Report on the lunatic asylums under the Government of Bombay - 1904-1913
Year: 1904
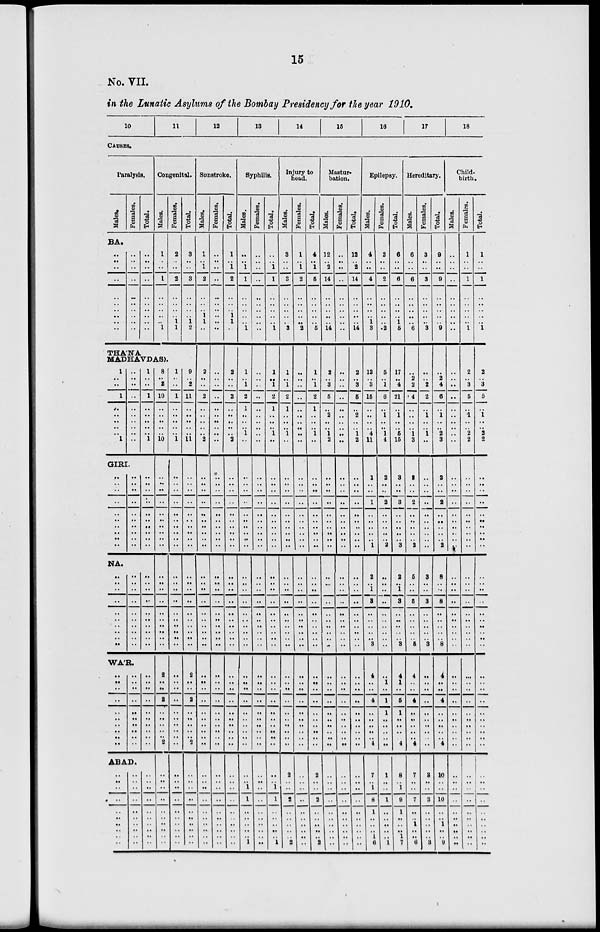
15
No. VII.
in the Lunatic Asylums of the Bombay Presidency for the year 1910.
10
11
12
13
14
15
16
17
18
CAUSES.
Paralysis.
Males.
BA.
..
..
..
..
..
..
..
..
..
..
Females.
..
..
..
..
..
..
..
..
..
..
Total.
..
..
..
..
..
..
..
..
..
..
Congenital.
Males.
1
..
..
1
..
..
..
..
..
1
Females.
2
..
..
2
..
..
..
..
1
1
Total.
3
..
..
3
..
..
..
..
1
2
THA'NA
MADHAVDAS).
1
..
..
1
..
..
..
..
..
1
..
..
..
..
..
..
..
..
..
..
1
..
..
1
..
..
..
..
..
1
GIRI.
..
..
..
..
..
..
..
..
..
..
..
..
..
..
..
..
..
..
..
..
..
..
..
..
..
..
..
..
..
..
NA.
..
..
..
..
..
..
..
..
..
..
..
..
..
..
..
..
..
..
..
..
..
..
..
..
..
..
..
..
..
..
WA'R.
..
..
..
..
..
..
..
..
..
..
..
..
..
..
..
..
..
..
..
..
..
..
..
..
..
..
..
ABAD.
..
..
..
..
..
..
..
..
..
..
..
..
..
..
..
..
..
..
..
..
..
..
..
..
..
..
..
..
..
..
8
..
2
10
..
..
..
..
..
10
..
..
..
..
..
..
..
..
..
..
..
..
..
..
..
..
..
..
..
..
2
..
2
..
..
..
..
..
2
..
..
..
..
..
..
..
..
..
..
1
..
..
1
..
..
..
..
..
1
..
..
..
..
..
..
..
..
..
..
..
..
..
..
..
..
..
..
..
..
..
..
..
..
..
..
..
..
..
..
..
..
..
..
..
..
..
..
..
9
..
2
11
..
..
..
..
..
11
..
..
..
..
..
..
..
..
..
..
..
..
..
..
..
..
..
..
..
..
2
..
2
..
..
..
..
..
2
..
..
..
..
..
..
..
..
..
..
Sunstroke.
Males.
1
..
1
2
..
..
..
1
1
..
2
..
..
2
..
..
..
..
..
2
..
..
..
..
..
..
..
..
..
..
..
..
..
..
..
..
..
..
..
..
..
..
..
..
..
..
..
..
..
..
..
..
..
..
..
..
..
..
Females.
..
..
..
..
..
..
..
..
..
..
..
..
..
..
..
..
..
..
..
..
..
..
..
..
..
..
..
..
..
..
..
..
..
..
..
..
..
..
..
..
..
..
..
..
..
..
..
..
..
..
..
..
..
..
..
..
..
..
..
Total
1
..
1
2
..
..
..
1
1
..
2
..
..
2
..
..
..
..
..
2
..
..
..
..
..
..
..
..
..
..
..
..
..
..
..
..
..
..
..
..
..
..
..
..
..
..
..
..
..
..
..
..
..
..
..
..
..
..
..
Syphilis.
Males.
..
..
1
1
..
..
..
..
..
1
1
..
1
2
1
..
..
..
1
..
..
..
..
..
..
..
..
..
..
..
..
..
..
..
..
..
..
..
..
..
..
..
..
..
..
..
..
..
..
..
..
1
1
..
..
..
..
..
1
Females.
..
..
..
..
..
..
..
..
..
..
..
..
..
..
..
..
..
..
..
..
..
..
..
..
..
..
..
..
..
..
..
..
..
..
..
..
..
..
..
..
..
..
..
..
..
..
..
..
..
..
..
..
..
..
..
..
..
..
..
Total.
..
..
1
1
..
..
..
..
..
1
1
..
1
2
1
..
..
..
1
..
..
..
..
..
..
..
..
..
..
..
..
..
..
..
..
..
..
..
..
..
..
..
..
..
..
..
..
..
..
..
1
1
..
..
..
..
..
1
Injury to
head.
Males.
3
..
..
3
..
..
..
..
..
3
1
..
1
2
1
..
..
..
1
..
..
..
..
..
..
..
..
..
..
..
..
..
..
..
..
..
..
..
..
..
..
..
..
..
..
..
..
..
..
2
..
..
2
..
..
..
..
..
2
Females.
1
..
1
2
..
..
..
..
..
2
..
..
..
..
..
..
..
..
..
..
..
..
..
..
..
..
..
..
..
..
..
..
..
..
..
..
..
..
..
..
..
..
..
..
..
..
..
..
..
..
..
..
..
..
..
..
..
..
..
Total.
4
..
1
5
..
..
..
..
..
5
1
..
1
2
1
..
..
..
1
..
..
..
..
..
..
..
..
..
..
..
..
..
..
..
..
..
..
..
..
..
..
..
..
..
..
..
..
..
..
2
..
..
2
..
..
..
..
..
2
Mastur-
bation.
Males.
12
..
2
14
..
..
..
..
..
14
2
..
3
5
..
2
..
..
1
2
..
..
..
..
..
..
..
..
..
..
..
..
..
..
..
..
..
..
..
..
..
..
..
..
..
..
..
..
..
..
..
..
..
..
..
..
..
..
..
Females.
..
..
..
..
..
..
..
..
..
..
..
..
..
..
..
..
..
..
..
..
..
..
..
..
..
..
..
..
..
..
..
..
..
..
..
..
..
..
..
..
..
..
..
..
..
..
..
..
..
..
..
..
..
..
..
..
..
..
..
Total.
12
..
2
14
..
..
..
..
..
14
2
..
3
5
..
2
..
..
1
2
..
..
..
..
..
..
..
..
..
..
..
..
..
..
..
..
..
..
..
..
..
..
..
..
..
..
..
..
..
..
..
..
..
..
..
..
..
..
..
Epilepsy.
Males.
4
..
..
4
..
..
..
..
1
3
12
..
3
15
..
..
..
..
4
11
1
..
..
1
..
..
..
..
..
1
2
..
1
3
..
..
..
..
..
3
4
..
4
..
..
..
..
..
4
7
..
1
8
1
..
..
..
1
6
Females.
2
..
..
2
..
..
..
..
..
2
5
..
1
6
..
1
..
..
1
4
2
..
..
2
..
..
..
..
..
2
..
..
..
..
..
..
..
..
..
..
..
1
1
1
..
..
..
..
..
1
..
..
1
..
..
..
..
..
1
Total.
6
..
..
6
..
..
..
..
1
5
17
..
4
21
..
1
..
..
5
15
3
..
..
3
..
..
..
..
..
3
2
..
1
3
..
..
..
..
..
3
4
1
5
1
..
..
..
..
4
8
..
1
9
1
..
..
..
1
7
Hereditary.
Males.
6
..
..
6
..
..
..
..
..
6
..
2
2
4
..
..
..
..
1
3
2
..
..
2
..
..
..
..
..
2
5
..
..
5
..
..
..
..
..
5
4
..
4
..
..
..
..
..
4
7
..
..
7
..
..
1
..
..
6
Females.
3
..
..
3
..
..
..
..
..
3
..
..
2
2
..
1
..
..
1
..
..
..
..
..
..
..
..
..
..
..
3
..
..
3
..
..
..
..
..
3
..
..
..
..
..
..
..
..
..
3
..
..
3
..
..
..
..
..
3
Total.
9
..
..
9
..
..
..
..
..
9
..
2
4
6
..
1
..
..
2
3
2
..
..
2
..
..
..
..
..
2
8
..
..
8
..
..
..
..
..
8
4
..
4
..
..
..
..
..
4
10
..
..
10
..
..
1
..
..
9
Child-
birth.
Males.
..
..
..
..
..
..
..
..
..
..
..
..
..
..
..
..
..
..
..
..
..
..
..
..
..
..
..
..
..
..
..
..
..
..
..
..
..
..
..
..
..
..
..
..
..
..
..
..
..
..
..
..
..
..
..
..
..
..
..
Females.
1
..
..
1
..
..
..
..
..
1
2
..
3
5
..
1
..
..
2
2
..
..
..
..
..
..
..
..
..
..
..
..
..
..
..
..
..
..
..
..
...
..
..
..
..
..
..
..
..
..
..
..
..
..
..
..
..
..
..
Total.
1
..
..
1
..
..
..
..
..
1
2
..
3
5
..
1
..
..
2
2
..
..
..
..
..
..
..
..
..
..
..
..
..
..
..
..
..
..
..
..
..
..
..
..
..
..
..
..
..
..
..
..
..
..
..
..
..
..
..